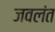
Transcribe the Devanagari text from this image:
जवलंत